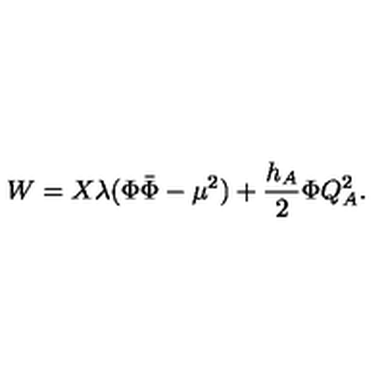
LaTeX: W = X \lambda ( \Phi \bar { \Phi } - \mu ^ { 2 } ) + { \frac { h _ { A } } { 2 } } \Phi Q _ { A } ^ { 2 } .